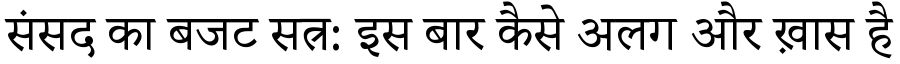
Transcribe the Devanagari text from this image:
संसद का बजट सत्र: इस बार कैसे अलग और ख़ास है